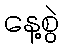
နေ့စွဲ